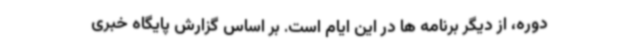
دوره، از دیگر برنامه ها در این ایام است. بر اساس گزارش پایگاه خبری